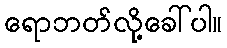
ရောဘတ်လို့ခေါ်ပါ။